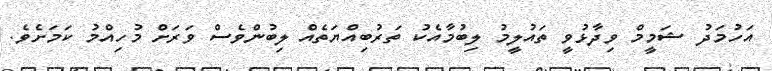
އަހުމަދު ޝަމީމް ވިދާޅުވީ ތައުލީމު ލިބުމާއެކު ތަރުބިއްޔަތެއް ލިބުންވެސް ވަރަށް މުހިއްމު ކަމަށެވެ.